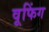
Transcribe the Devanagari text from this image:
वूफिंग